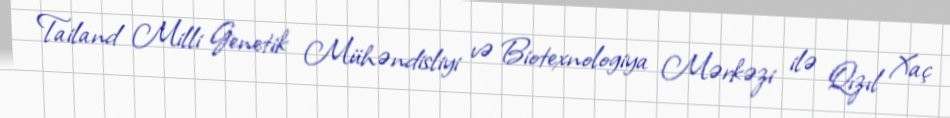
Tailand Milli Genetik Mühəndisliyi və Biotexnologiya Mərkəzi ilə Qızıl Xaç